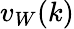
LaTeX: v_{W}(k)